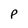
Character: P